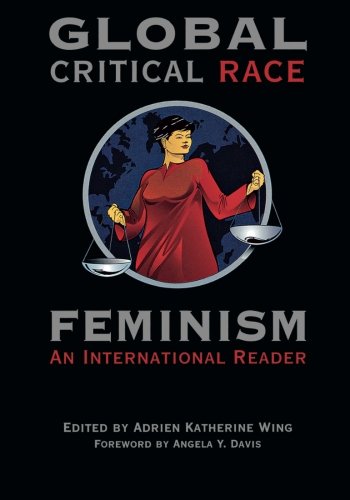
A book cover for Global Critical Race Feminism: An International Reader (Critical America); Law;